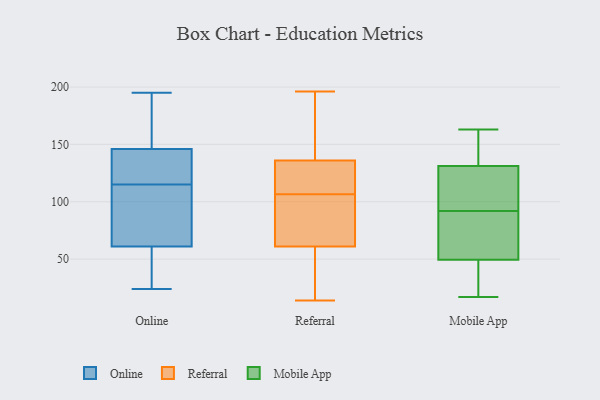
{"axis": {"x": "Operating Costs (USD K)", "y": "Value"}, "legend": ["Mobile App", "Online", "Referral"], "data": [{"x": "", "y": 126, "type": "Online"}, {"x": "", "y": 138, "type": "Online"}, {"x": "", "y": 97, "type": "Online"}, {"x": "", "y": 62, "type": "Online"}, {"x": "", "y": 195, "type": "Online"}, {"x": "", "y": 138, "type": "Online"}, {"x": "", "y": 175, "type": "Online"}, {"x": "", "y": 106, "type": "Online"}, {"x": "", "y": 46, "type": "Online"}, {"x": "", "y": 170, "type": "Online"}, {"x": "", "y": 24, "type": "Online"}, {"x": "", "y": 115, "type": "Online"}, {"x": "", "y": 58, "type": "Online"}, {"x": "", "y": 38, "type": "Referral"}, {"x": "", "y": 42, "type": "Referral"}, {"x": "", "y": 14, "type": "Referral"}, {"x": "", "y": 86, "type": "Referral"}, {"x": "", "y": 188, "type": "Referral"}, {"x": "", "y": 109, "type": "Referral"}, {"x": "", "y": 136, "type": "Referral"}, {"x": "", "y": 112, "type": "Referral"}, {"x": "", "y": 184, "type": "Referral"}, {"x": "", "y": 111, "type": "Referral"}, {"x": "", "y": 61, "type": "Referral"}, {"x": "", "y": 70, "type": "Referral"}, {"x": "", "y": 104, "type": "Referral"}, {"x": "", "y": 196, "type": "Referral"}, {"x": "", "y": 72, "type": "Mobile App"}, {"x": "", "y": 42, "type": "Mobile App"}, {"x": "", "y": 133, "type": "Mobile App"}, {"x": "", "y": 92, "type": "Mobile App"}, {"x": "", "y": 76, "type": "Mobile App"}, {"x": "", "y": 142, "type": "Mobile App"}, {"x": "", "y": 17, "type": "Mobile App"}, {"x": "", "y": 106, "type": "Mobile App"}, {"x": "", "y": 126, "type": "Mobile App"}, {"x": "", "y": 31, "type": "Mobile App"}, {"x": "", "y": 163, "type": "Mobile App"}]}